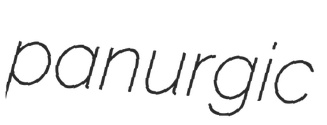
panurgic